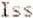
ISS